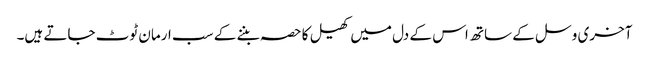
آخری وسل کے ساتھ اس کے دل میں کھیل کا حصہ بننے کے سب ارمان ٹوٹ جاتے ہیں۔